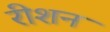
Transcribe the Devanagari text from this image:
रीशन